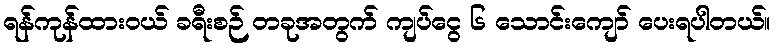
ရန်ကုန်ထားဝယ် ခရီးစဉ် တခုအတွက် ကျပ်ငွေ ၆ သောင်းကျော် ပေးရပါတယ်။